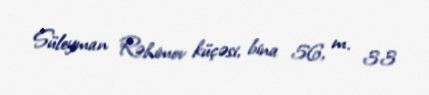
Süleyman Rəhimov küçəsi, bina 56, m. 33